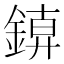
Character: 𨩑